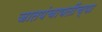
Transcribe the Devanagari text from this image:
जातपंचायतींच्या